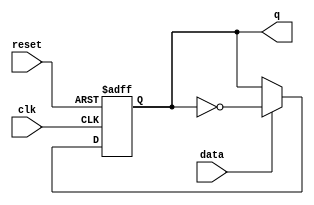
`timescale 1ns / 1ps
//////////////////////////////////////////////////////////////////////////////////
// Company: 
// Engineer: 
// 
// Design Name: 
// Module Name:    lab83a 
// Project Name: 
// Target Devices: 
// Tool versions: 
// Description: 
//
// Dependencies: 
//
// Revision: 
// Revision 0.01 - File Created
// Additional Comments: 
//
//////////////////////////////////////////////////////////////////////////////////
module lab83a(input data,clk,reset,output reg q
    );

always @(posedge clk or negedge reset)
if (~reset)
begin
q <= 1'b0;
end else if (data) begin
q <= !q;
end

endmodule